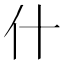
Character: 什